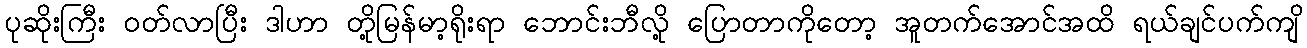
ပုဆိုးကြီး ဝတ်လာပြီး ဒါဟာ တို့မြန်မာ့ရိုးရာ ဘောင်းဘီလို့ ပြောတာကိုတော့ အူတက်အောင်အထိ ရယ်ချင်ပက်ကျိ